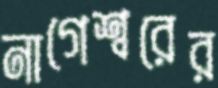
নাগেশ্বরের